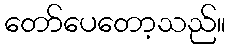
တော်ပေတော့သည်။